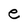
Character: e